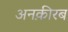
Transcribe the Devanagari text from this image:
अनक़ीरब